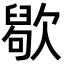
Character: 𣤒